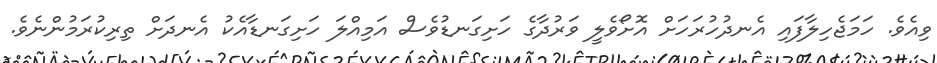
ވިއެވެ. ހަމަޖެހިލާފައި އެނދުހުރަހަށް އޮށޯވެލީ ވަރުދާގެ ހަށިގަނޑުވެސް އަމިއްލަ ހަށިގަނޑާއެކު އެނދަށް ތިރިކުރަމުންނެވެ.